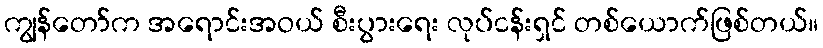
ကျွန်တော်က အရောင်းအဝယ် စီးပွားရေး လုပ်ငန်းရှင် တစ်ယောက်ဖြစ်တယ်။